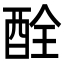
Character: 酫